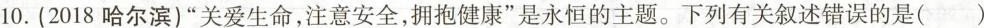
10.(2018哈尔滨)”关爱生命，注意安全，拥抱健康”是永恒的主题。下列有关叙述错误的是( )